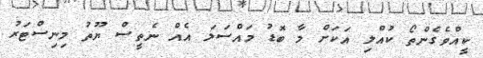
ކީއްވެގެންތޯ ކުއްލި އަކަށް މާ ބޮޑު މައްސަލަ އެއް ނެތީސް ޔޫތު މިނިސްޓަރު